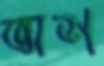
অশ